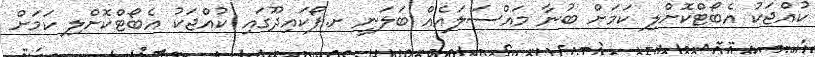
ކުއްޖަކު އެބޯޓްކޮށްލި ކަމަށް ބުނާ މައްސަލައެއް ބަލަނީ ށ.ފޯކައިދޫގައި ކުއްޖަކު އެބޯޓްކޮށްލި ކަމަށް